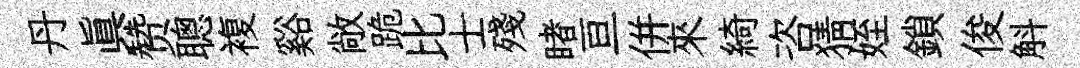
丹真赞聰複谿敞跪比士殘睹亘併來綺咨猜姪鎖俊斛